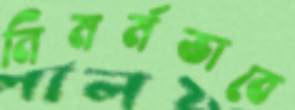
নিমর্মভাবে